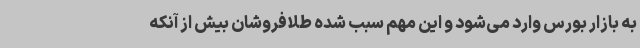
به بازار بورس وارد می‌شود و این مهم سبب شده طلافروشان بیش از آنکه